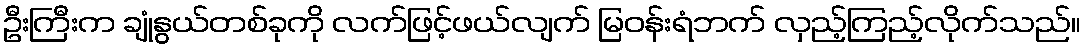
ဦးကြီးက ချုံနွယ်တစ်ခုကို လက်ဖြင့်ဖယ်လျက် မြဝန်းရံဘက် လှည့်ကြည့်လိုက်သည်။